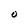
Character: O